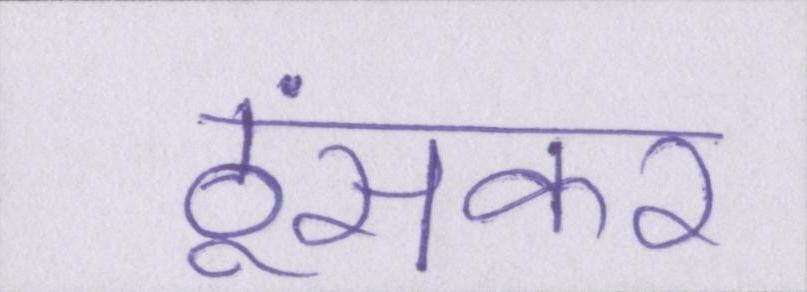
ठूंसकर